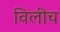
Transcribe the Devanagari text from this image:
विलीच